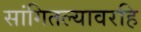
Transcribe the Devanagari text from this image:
सांगितल्यावरहि